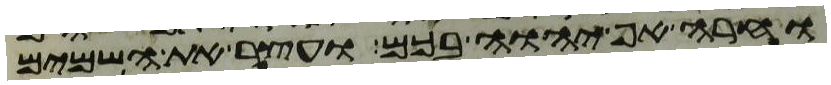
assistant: וחרה אף יהוה בכם ועצר את השמים